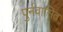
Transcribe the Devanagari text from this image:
पुर्नवासित